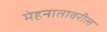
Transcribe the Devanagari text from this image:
मेहनातावरील